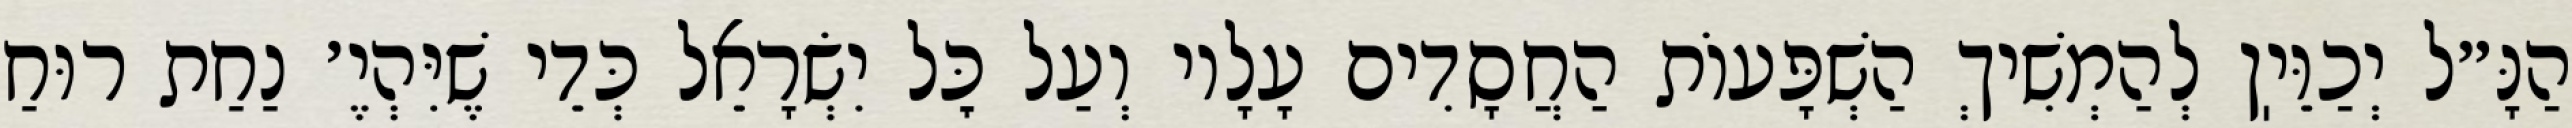
הַנָּ״ל יְכַוֵּיֽן לְהַמְשִׁיךְ הַשְׁפָּעוֹת הַחֲסָדִים עָלָיו וְעַל כׇּל יִשְׂרָאֵל כְּדֵי שֶׁיִּהְיֶ׳ נַחַת רוּחַ